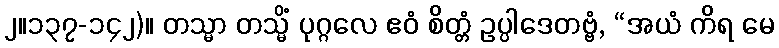
၂။၁၃၇-၁၄၂)။ တသ္မာ တသ္မိံ ပုဂ္ဂလေ ဧဝံ စိတ္တံ ဥပ္ပါဒေတဗ္ဗံ, “အယံ ကိရ မေ